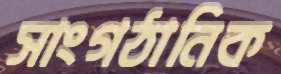
সাংগঠানিক